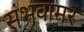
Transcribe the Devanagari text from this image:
संभवामर